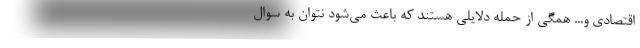
اقتصادی و... همگی از حمله دلایلی هستند که باعث می‌شود نتوان به سوال